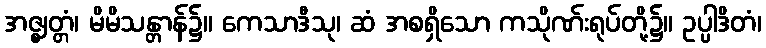
အဇ္ဈတ္တံ၊ မိမိသန္တာန်၌။ ကေသာဒီသု၊ ဆံ အစရှိသော ကသိုဏ်းရုပ်တို့၌။ ဥပ္ပါဒိတံ၊